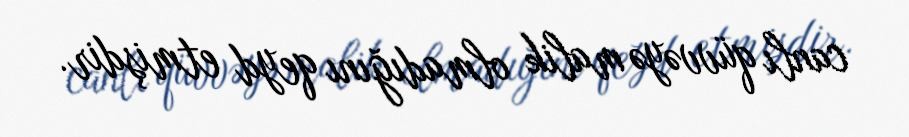
canlı qüvvəyə malik olmadığını qeyd etmişdir.